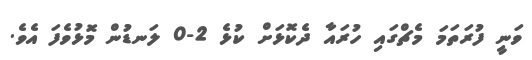
ވަނީ ފުރަތަމަ މެޗްގައި ހުރައާ ދެކޮޅަށް ކުޅެ 2-0 ލަނޑުން މޮޅުވެފަ އެވެ.